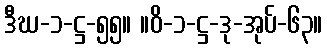
ဒီဃ-၁-ဋ္ဌ-၅၅။ ။ဝိ-၁-ဋ္ဌ-ဒု-အုပ်-၆၃။